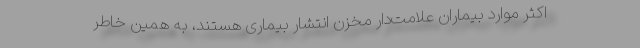
اکثر موارد بیماران علامت‌دار مخزن انتشار بیماری هستند، به همین خاطر